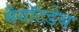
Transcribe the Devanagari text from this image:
मैगॉटडेथ